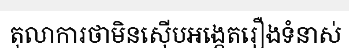
តុលាការថាមិនស៊ើបអង្កេតរឿងទំនាស់